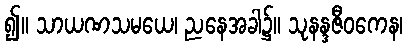
၍။ သာယဏသမယေ၊ ညနေအခါ၌။ သုနန္ဒဇီဝကေန၊